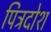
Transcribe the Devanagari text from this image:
पित्रदोश